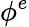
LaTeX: \phi^{e}